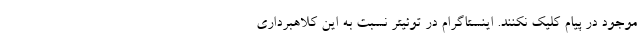
موجود در پیام کلیک نکنند. اینستاگرام در توئیتر نسبت به این کلاهبرداری